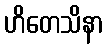
ဟိတေသိနာ